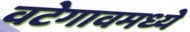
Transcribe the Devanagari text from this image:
वटेगावमध्ये